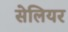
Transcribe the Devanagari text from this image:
सेलियर